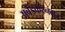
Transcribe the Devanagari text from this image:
अबेँडकरनगर